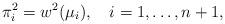
LaTeX: \begin{align*}\pi_i^2=w^2(\mu_i),\quad i=1,\ldots,n+1,\end{align*}